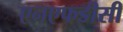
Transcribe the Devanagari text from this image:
एनएफडीसी